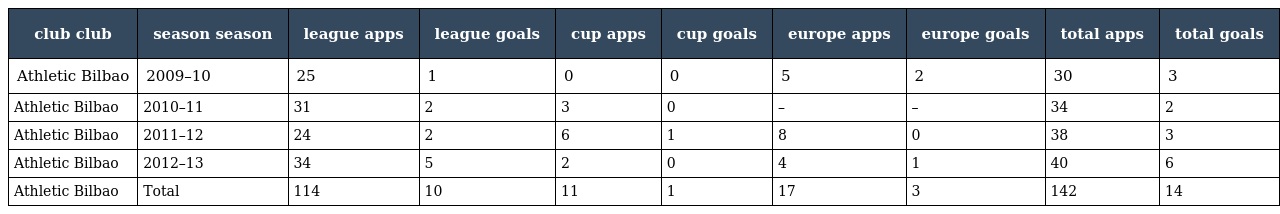
| club club | season season | league apps | league goals | cup apps | cup goals | europe apps | europe goals | total apps | total goals |
 | --- | --- | --- | --- | --- | --- | --- | --- | --- | --- |
 | Athletic Bilbao | 2009–10 | 25 | 1 | 0 | 0 | 5 | 2 | 30 | 3 |
 | Athletic Bilbao | 2010–11 | 31 | 2 | 3 | 0 | – | – | 34 | 2 |
 | Athletic Bilbao | 2011–12 | 24 | 2 | 6 | 1 | 8 | 0 | 38 | 3 |
 | Athletic Bilbao | 2012–13 | 34 | 5 | 2 | 0 | 4 | 1 | 40 | 6 |
 | Athletic Bilbao | Total | 114 | 10 | 11 | 1 | 17 | 3 | 142 | 14 |